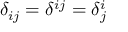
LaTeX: \delta _ { i j } = \delta ^ { i j } = \delta _ { j } ^ { i }